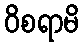
ဝိစရာမိ